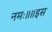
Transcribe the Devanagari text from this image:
नमः॥॥इस